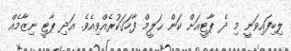
ލިބިފައިވަނީ މި ދެ ޕާޓީއަށް ކަން ޙަލީމް ފާހަގަކުރެއްވިއެވެ. އަދި ޕާޓީ ނިޒާމެއް